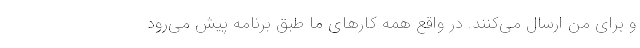
و برای من ارسال می‌کنند. در واقع همه کارهای ما طبق برنامه پیش می‌رود